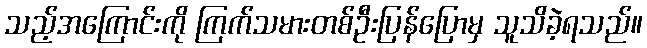
သည့်အကြောင်းကို ကြက်သမားတစ်ဦးပြန်ပြောမှ သူသိခဲ့ရသည်။